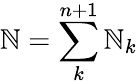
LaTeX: \mathbb{N}=\sum_{k}^{n+1}\mathbb{N}_{k}